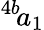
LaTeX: ^{4b}\! a_{1}